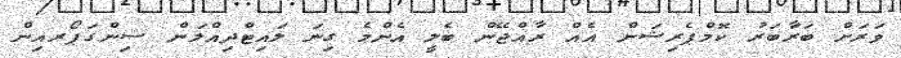
ވަރަށް ބަރާަބަރު ކޮމްޕެރިޝަން އެއް ރާއްޖޭން ބެލީ އެންމެ ގިނަ ލައިޓްދިއްލަން ސިންގަޕޯރއިން